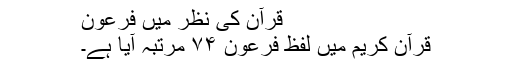
قرآن کی نظر میں فرعون
قرآن کریم میں لفظِ فرعون ۷۴ مرتبہ آیا ہے۔